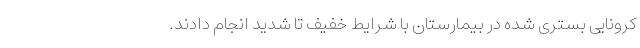
کرونایی بستری شده در بیمارستان با شرایط خفیف تا شدید انجام دادند.